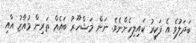
ބަދަލުވެ އެ ފަކީރު ކައިލިހެންނެވެ. ނަން މަޝްހޫރު ބައެއް ތަރިން މުއާޒު އާއި